Indian journal of veterinary science and animal husbandry - Volume 1,
Year: 1931
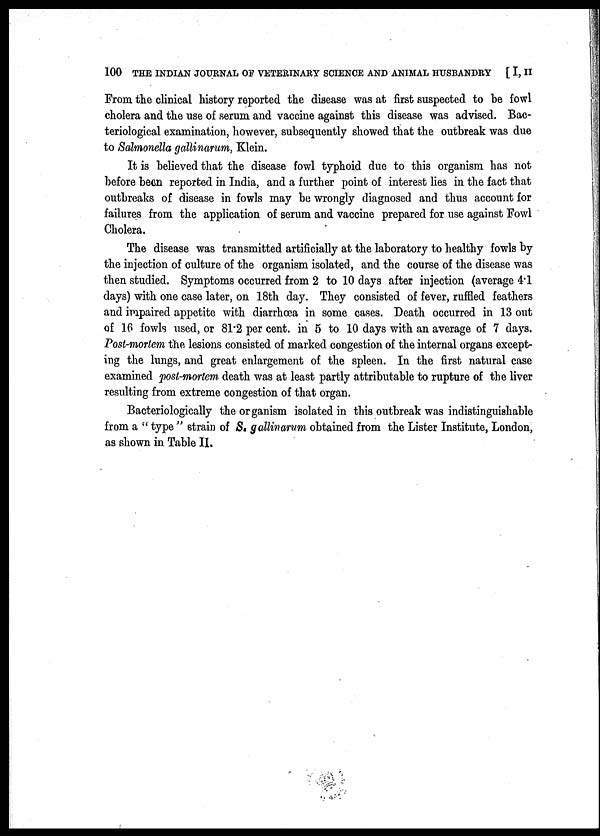
100 THE INDIAN JOURNAL OF VETERINARY SCIENCE AND ANIMAL HUSBANDRY [ I, II
From the clinical history reported the disease was at first suspected to be fowl
cholera and the use of serum and vaccine against this disease was advised. Bac-
teriological examination, however, subsequently showed that the outbreak was due
to Salmonella gallinarum, Klein.
It is believed that the disease fowl typhoid due to this organism has not
before been reported in India, and a further point of interest lies in the fact that
outbreaks of disease in fowls may be wrongly diagnosed and thus account for
failures from the application of serum and vaccine prepared for use against Fowl
Cholera.
The disease was transmitted artificially at the laboratory to healthy fowls by
the injection of culture of the organism isolated, and the course of the disease was
then studied. Symptoms occurred from 2 to 10 days after injection (average 4.1
days) with one case later, on 18th day. They consisted of fever, ruffled feathers
and impaired appetite with diarrhœa in some cases. Death occurred in 13 out
of 16 fowls used, or 81.2 per cent. in 5 to 10 days with an average of 7 days.
Post-mortem the lesions consisted of marked congestion of the internal organs except-
ing the lungs, and great enlargement of the spleen. In the first natural case
examined post-mortem death was at least partly attributable to rupture of the liver
resulting from extreme congestion of that organ.
Bacteriologically the organism isolated in this outbreak was indistinguishable
from a " type " strain of S. gallinarum obtained from the Lister Institute, London,
as shown in Table II.